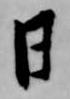
日